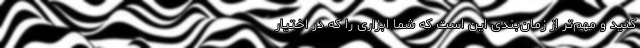
کنید و مهم‌تر از زمان‌بندی این است که شما ابزاری را که در اختیار